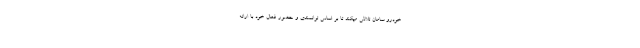
خودرو سامان تلاش میکند تا بر اساس توانمندی و حضور فعال خود با ارائه